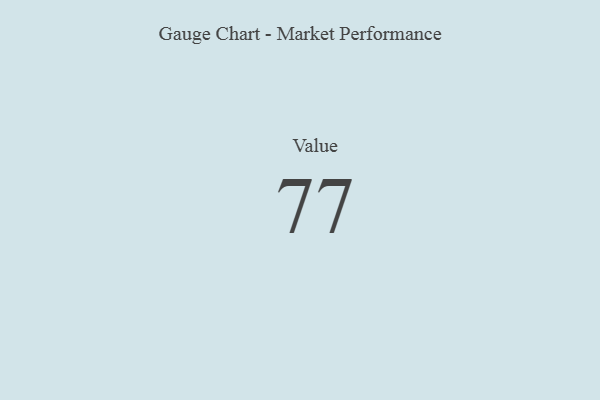
{"axis": {"x": "Metric", "y": "Value"}, "legend": [""], "data": [{"x": "Value", "y": 77, "type": ""}]}